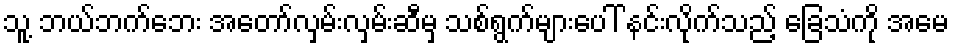
သူ့ ဘယ်ဘက်ဘေး အတော်လှမ်းလှမ်းဆီမှ သစ်ရွက်များပေါ် နင်းလိုက်သည့် ခြေသံကို အမေ